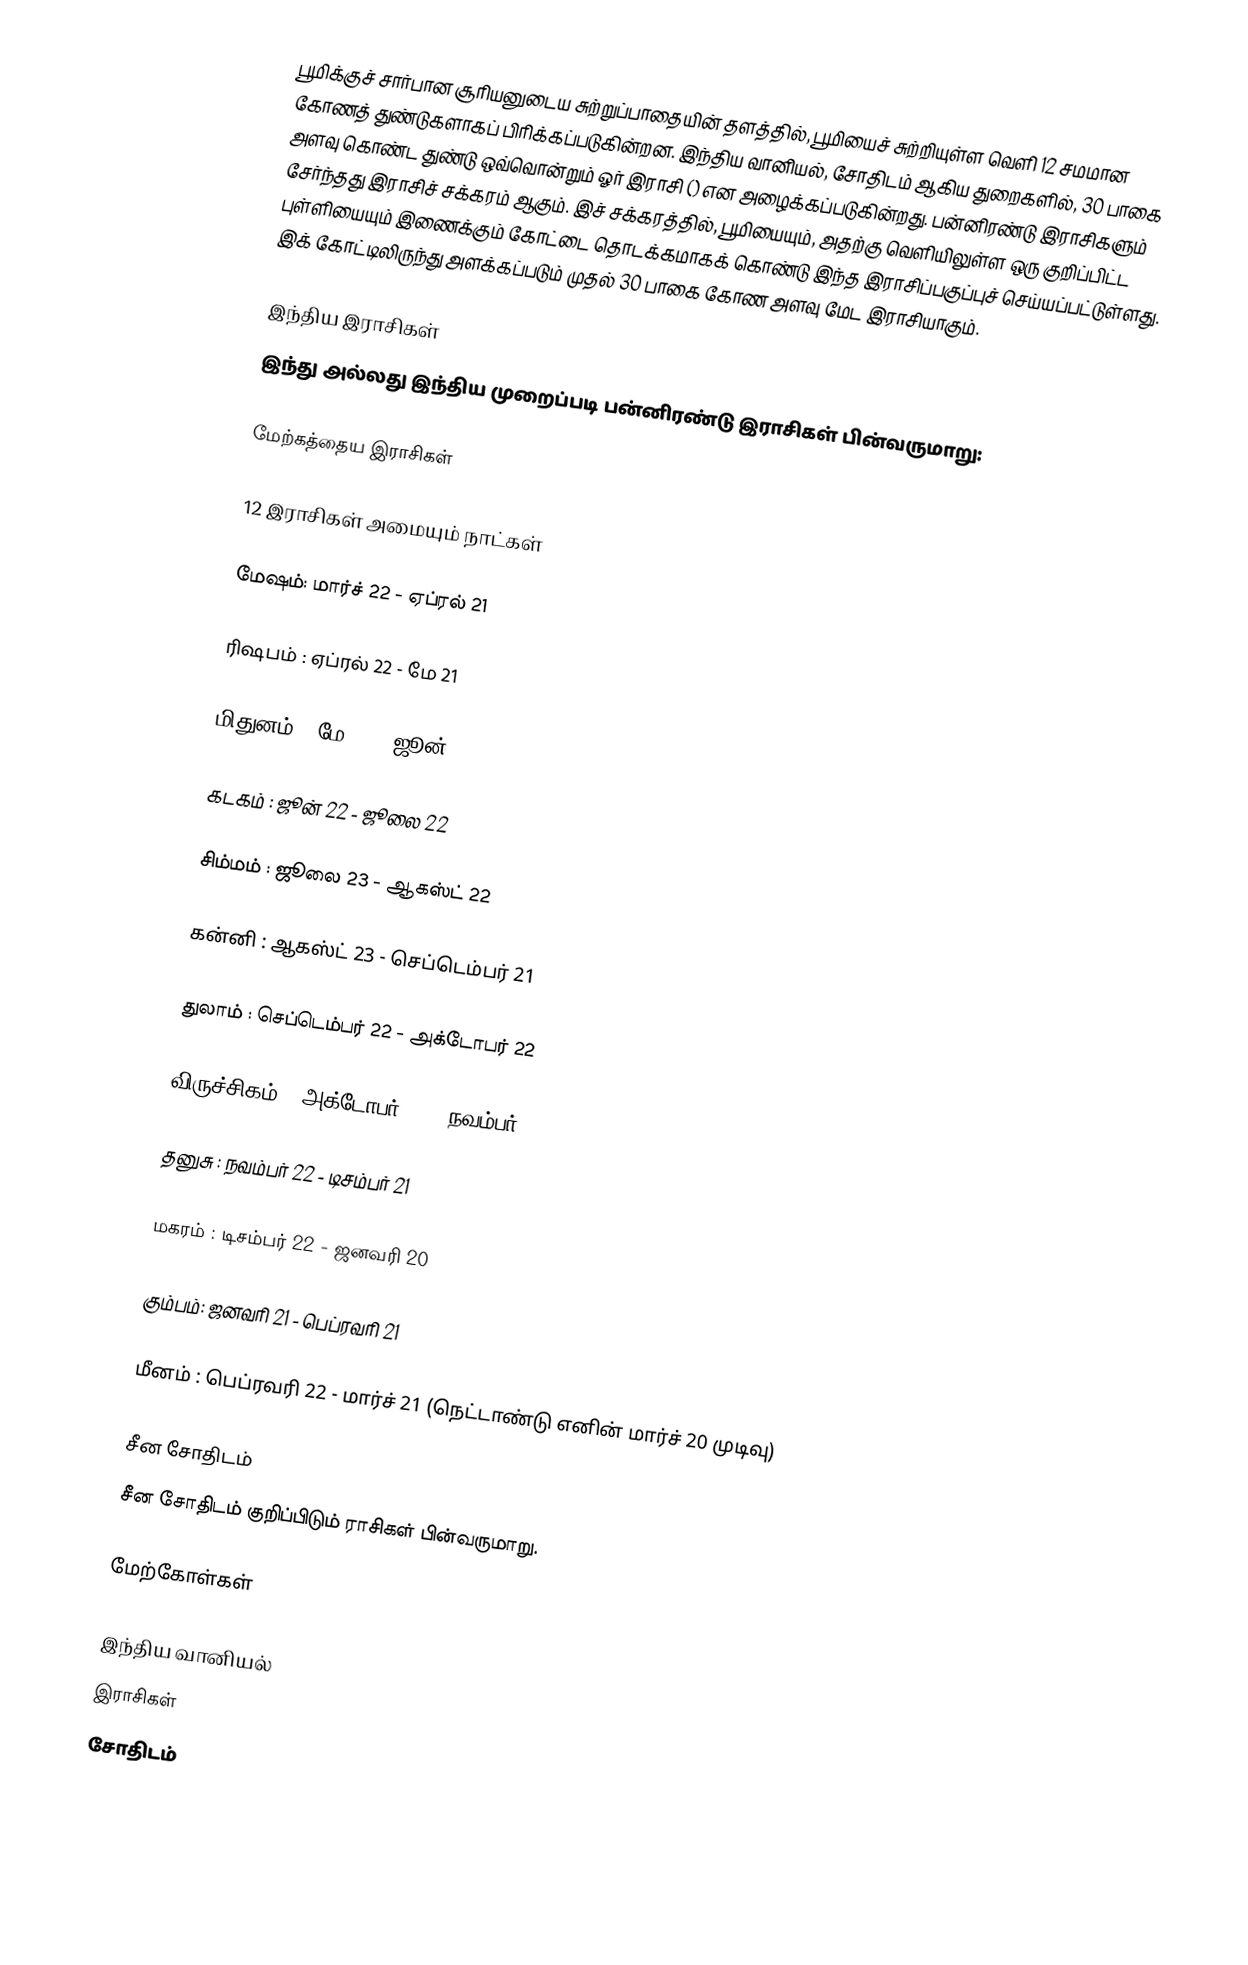
பூமிக்குச் சார்பான சூரியனுடைய சுற்றுப்பாதையின் தளத்தில், பூமியைச் சுற்றியுள்ள வெளி 12 சமமான கோணத் துண்டுகளாகப் பிரிக்கப்படுகின்றன. இந்திய வானியல், சோதிடம் ஆகிய துறைகளில், 30 பாகை அளவு கொண்ட துண்டு ஒவ்வொன்றும் ஓர் இராசி () என அழைக்கப்படுகின்றது. பன்னிரண்டு இராசிகளும் சேர்ந்தது இராசிச் சக்கரம் ஆகும். இச் சக்கரத்தில், பூமியையும், அதற்கு வெளியிலுள்ள ஒரு குறிப்பிட்ட புள்ளியையும் இணைக்கும் கோட்டை தொடக்கமாகக் கொண்டு இந்த இராசிப்பகுப்புச் செய்யப்பட்டுள்ளது. இக் கோட்டிலிருந்து அளக்கப்படும் முதல் 30 பாகை கோண அளவு மேட இராசியாகும்.

இந்திய இராசிகள்
இந்து அல்லது இந்திய முறைப்படி பன்னிரண்டு இராசிகள் பின்வருமாறு:

மேற்கத்தைய இராசிகள்

12 இராசிகள் அமையும் நாட்கள்

மேஷம்: மார்ச் 22 - ஏப்ரல் 21

ரிஷபம் : ஏப்ரல் 22 - மே 21

மிதுனம் : மே 22 - ஜூன் 21

கடகம் : ஜூன் 22 - ஜூலை 22

சிம்மம் : ஜூலை 23 - ஆகஸ்ட் 22

கன்னி : ஆகஸ்ட் 23 - செப்டெம்பர் 21

துலாம் : செப்டெம்பர் 22 - அக்டோபர் 22

விருச்சிகம் : அக்டோபர் 23 - நவம்பர் 21

தனுசு : நவம்பர் 22 - டிசம்பர் 21

மகரம் : டிசம்பர் 22 - ஜனவரி 20

கும்பம்: ஜனவரி 21 - பெப்ரவரி 21

மீனம் : பெப்ரவரி 22 - மார்ச் 21 (நெட்டாண்டு எனின் மார்ச் 20 முடிவு)

சீன சோதிடம்
சீன சோதிடம் குறிப்பிடும் ராசிகள் பின்வருமாறு.

மேற்கோள்கள்

இந்திய வானியல்
இராசிகள்
சோதிடம்